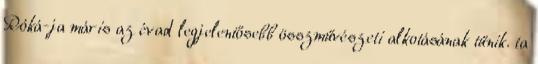
Róká-ja máris az évad legjelentősebb összművészeti alkotásának tűnik. ta